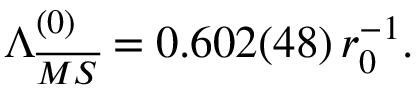
\Lambda _ { \overline { { { M S } } } } ^ { ( 0 ) } = 0 . 6 0 2 ( 4 8 ) \, r _ { 0 } ^ { - 1 } .